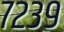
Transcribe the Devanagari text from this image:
७२३९